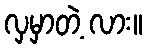
လှမှာတဲ့ လား။